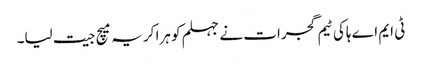
ٹی ایم اے ہاکی ٹیم گجرات نے جہلم کو ہرا کر یہ میچ جیت لیا۔